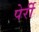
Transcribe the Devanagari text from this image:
पेर्री